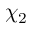
\chi _ { 2 }